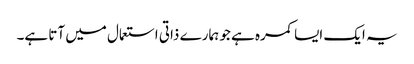
یہ ایک ایسا کمرہ ہے جو ہمارے ذاتی استعمال میں آتا ہے۔